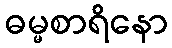
ဓမ္မစာရိနော